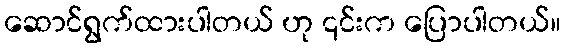
ဆောင်ရွက်ထားပါတယ် ဟု ၎င်းက ပြောပါတယ်။